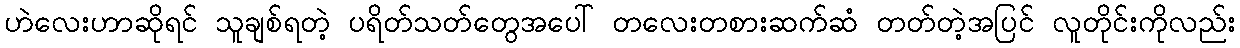
ဟဲလေးဟာဆိုရင် သူချစ်ရတဲ့ ပရိတ်သတ်တွေအပေါ် တလေးတစားဆက်ဆံ တတ်တဲ့အပြင် လူတိုင်းကိုလည်း